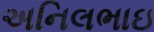
અનિલભાઇ